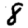
Digit: 8